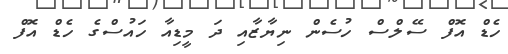
ހެޑް އޮފް ސޭލްސް ހުސެން ނިޔާޒާއި ދަ މީޑިއާ ހައުސްގެ ހެޑް އޮފް